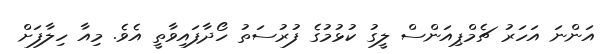
އަންނަ އަހަރު ޗެމްޕިއަންސް ލީގު ކުޅުމުގެ ފުރުސަތު ހޯދާފައިވާތީ އެވެ. މިއާ ހިލާފަށް